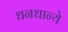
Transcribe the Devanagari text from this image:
धनधान्ये